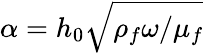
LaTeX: {\alpha}=h_{0}\sqrt{\rho_{f}\omega/\mu_{f}}